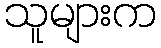
သူများက